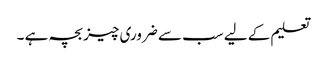
تعلیم کے لیے سب سے ضروری چیز بچہ ہے ۔